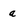
Character: a